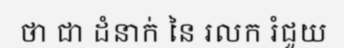
ថា ជា ដំនាក់ នៃ រលក រំជួយ